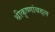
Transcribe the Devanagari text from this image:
श्रीकृष्णांबद्दल